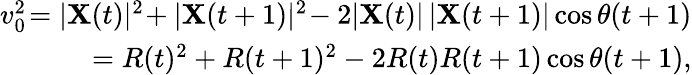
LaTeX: \begin{array}{r}{v_{0}^{2}\! =|\mathbf{X}(t)|^{2}\! +|\mathbf{X}(t+1)|^{2}\! -2|\mathbf{X}(t)|\, |\mathbf{X}(t+1)|\cos\theta(t+1)}\\ {=R(t)^{2}+R(t+1)^{2}-2R(t)R(t+1)\cos\theta(t+1),}\end{array}